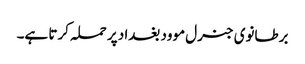
برطانوی جنرل موود بغداد پر حملہ کرتا ہے۔